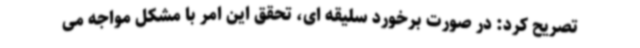
تصریح کرد: در صورت برخورد سلیقه ای، تحقق این امر با مشکل مواجه می